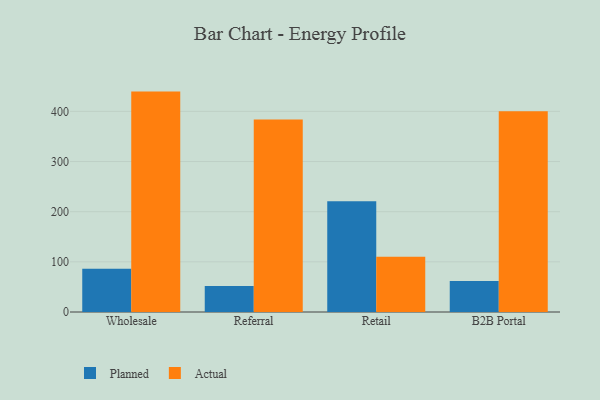
{"axis": {"x": "Channel", "y": "LTV (USD)"}, "legend": ["Actual", "Planned"], "data": [{"x": "Wholesale", "y": 86.1, "type": "Planned"}, {"x": "Wholesale", "y": 439.4, "type": "Actual"}, {"x": "Referral", "y": 51.8, "type": "Planned"}, {"x": "Referral", "y": 383.9, "type": "Actual"}, {"x": "Retail", "y": 221.0, "type": "Planned"}, {"x": "Retail", "y": 110.2, "type": "Actual"}, {"x": "B2B Portal", "y": 61.9, "type": "Planned"}, {"x": "B2B Portal", "y": 400.2, "type": "Actual"}]}